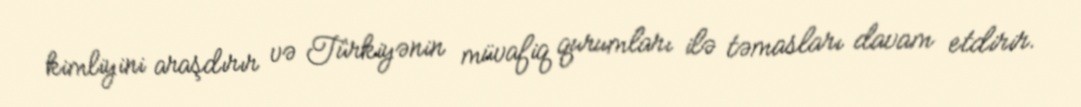
kimliyini araşdırır və Türkiyənin müvafiq qurumları ilə təmasları davam etdirir.